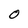
Character: 0